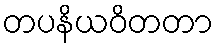
တပနိယဝိတတာ